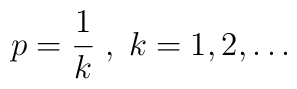
\displaystyle p=\frac{1}{k}\; ,\; k=1,2,\ldots